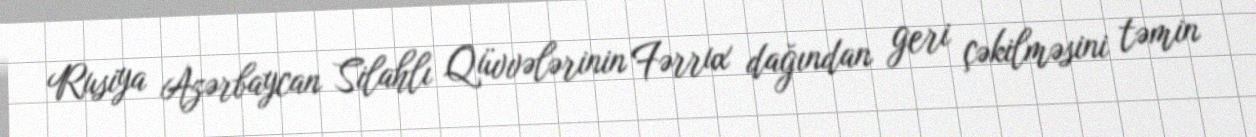
Rusiya Azərbaycan Silahlı Qüvvələrinin Fərrux dağından geri çəkilməsini təmin